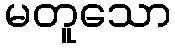
မတူသော